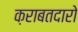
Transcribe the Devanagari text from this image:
क़राबतदारो